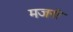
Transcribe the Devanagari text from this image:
मजरो